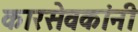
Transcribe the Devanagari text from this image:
कारसेवकांनी